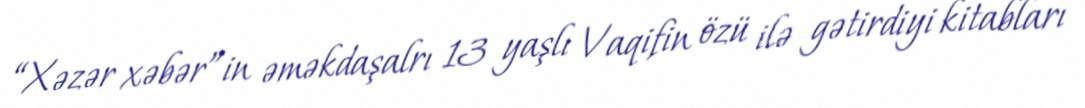
“Xəzər xəbər”in əməkdaşalrı 13 yaşlı Vaqifin özü ilə gətirdiyi kitabları